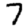
Digit: 7